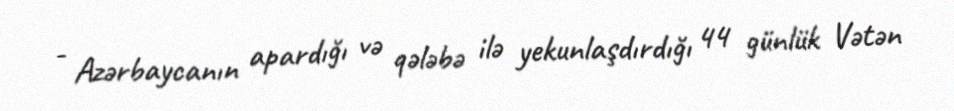
- Azərbaycanın apardığı və qələbə ilə yekunlaşdırdığı 44 günlük Vətən